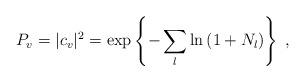
LaTeX: \begin{align*}P_v=|c_v|^2 =\exp\left\{- \sum_{l}\ln\left(1+ N_{l}\right) \right\}\;,\end{align*}